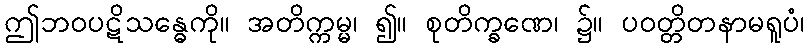
ဤဘဝပဋိသန္ဓေကို။ အတိက္ကမ္မ၊ ၍။ စုတိက္ခဏေ၊ ၌။ ပဝတ္တိတနာမရူပံ၊